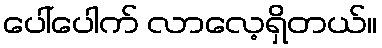
ပေါ်ပေါက် လာလေ့ရှိတယ်။